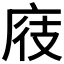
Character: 𪪖